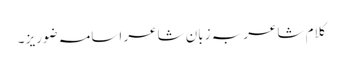
کلامِ شاعر بہ زبانِ شاعر اسامہ ضوریز ۔